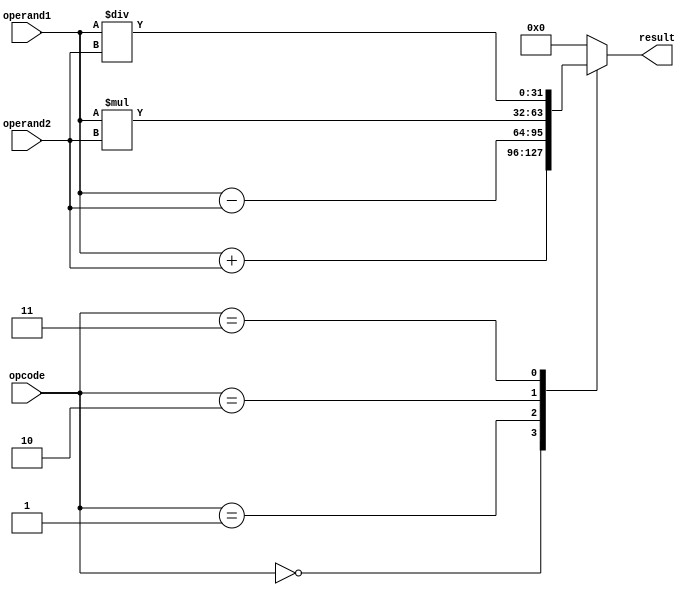
module Complex_ALU (
    input wire [3:0] opcode,
    input wire [31:0] operand1,
    input wire [31:0] operand2,
    output reg [31:0] result
);

reg [31:0] add_result, sub_result, mul_result, div_result;

always @(*)
begin
    case (opcode)
        4'b0000: // Addition
            begin
                add_result = operand1 + operand2;
                result = add_result;
            end
        4'b0001: // Subtraction
            begin
                sub_result = operand1 - operand2;
                result = sub_result;
            end
        4'b0010: // Multiplication
            begin
                mul_result = operand1 * operand2;
                result = mul_result;
            end
        4'b0011: // Division
            begin
                div_result = operand1 / operand2;
                result = div_result;
            end
        default: // Unknown opcode
            result = 32'h00000000;
    endcase
end

endmodule